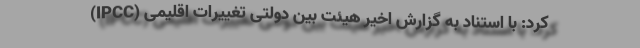
کرد: با استناد به گزارش اخیر هیئت بین دولتی تغییرات اقلیمی (IPCC)